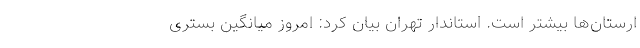
ارستان‌ها بیشتر است. استاندار تهران بیان کرد: امروز میانگین بستری